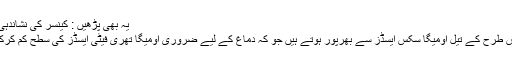
یہ بھی پڑھیں : کینسر کی نشاندہی کرنے والی 10علامات
اس کی وجہ یہ ہے کہ اس طرح کے تیل اومیگا سکس ایسڈز سے بھرپور ہوتے ہیں جو کہ دماغ کے لیے ضروری اومیگا تھری فیٹی ایسڈز کی سطح کم کرکے ان کی جگہ لیتے ہیں۔